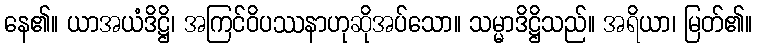
နေ၏။ ယာအယံဒိဋ္ဌိ၊ အကြင်ဝိပဿနာဟုဆိုအပ်သော။ သမ္မာဒိဋ္ဌိသည်။ အရိယာ၊ မြတ်၏။